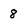
Character: 8